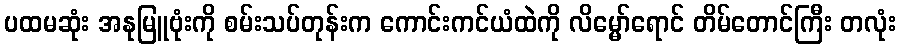
ပထမဆုံး အနုမြူဗုံးကို စမ်းသပ်တုန်းက ကောင်းကင်ယံထဲကို လိမ္မော်ရောင် တိမ်တောင်ကြီး တလုံး